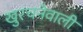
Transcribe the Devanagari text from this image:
खुरचनेवाली